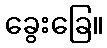
ခွေးခြေ။